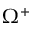
\Omega ^ { + }